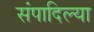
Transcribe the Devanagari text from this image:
संपादिल्या